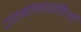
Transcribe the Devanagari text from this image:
उदयोगपतियों